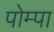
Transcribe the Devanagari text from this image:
पोम्पा